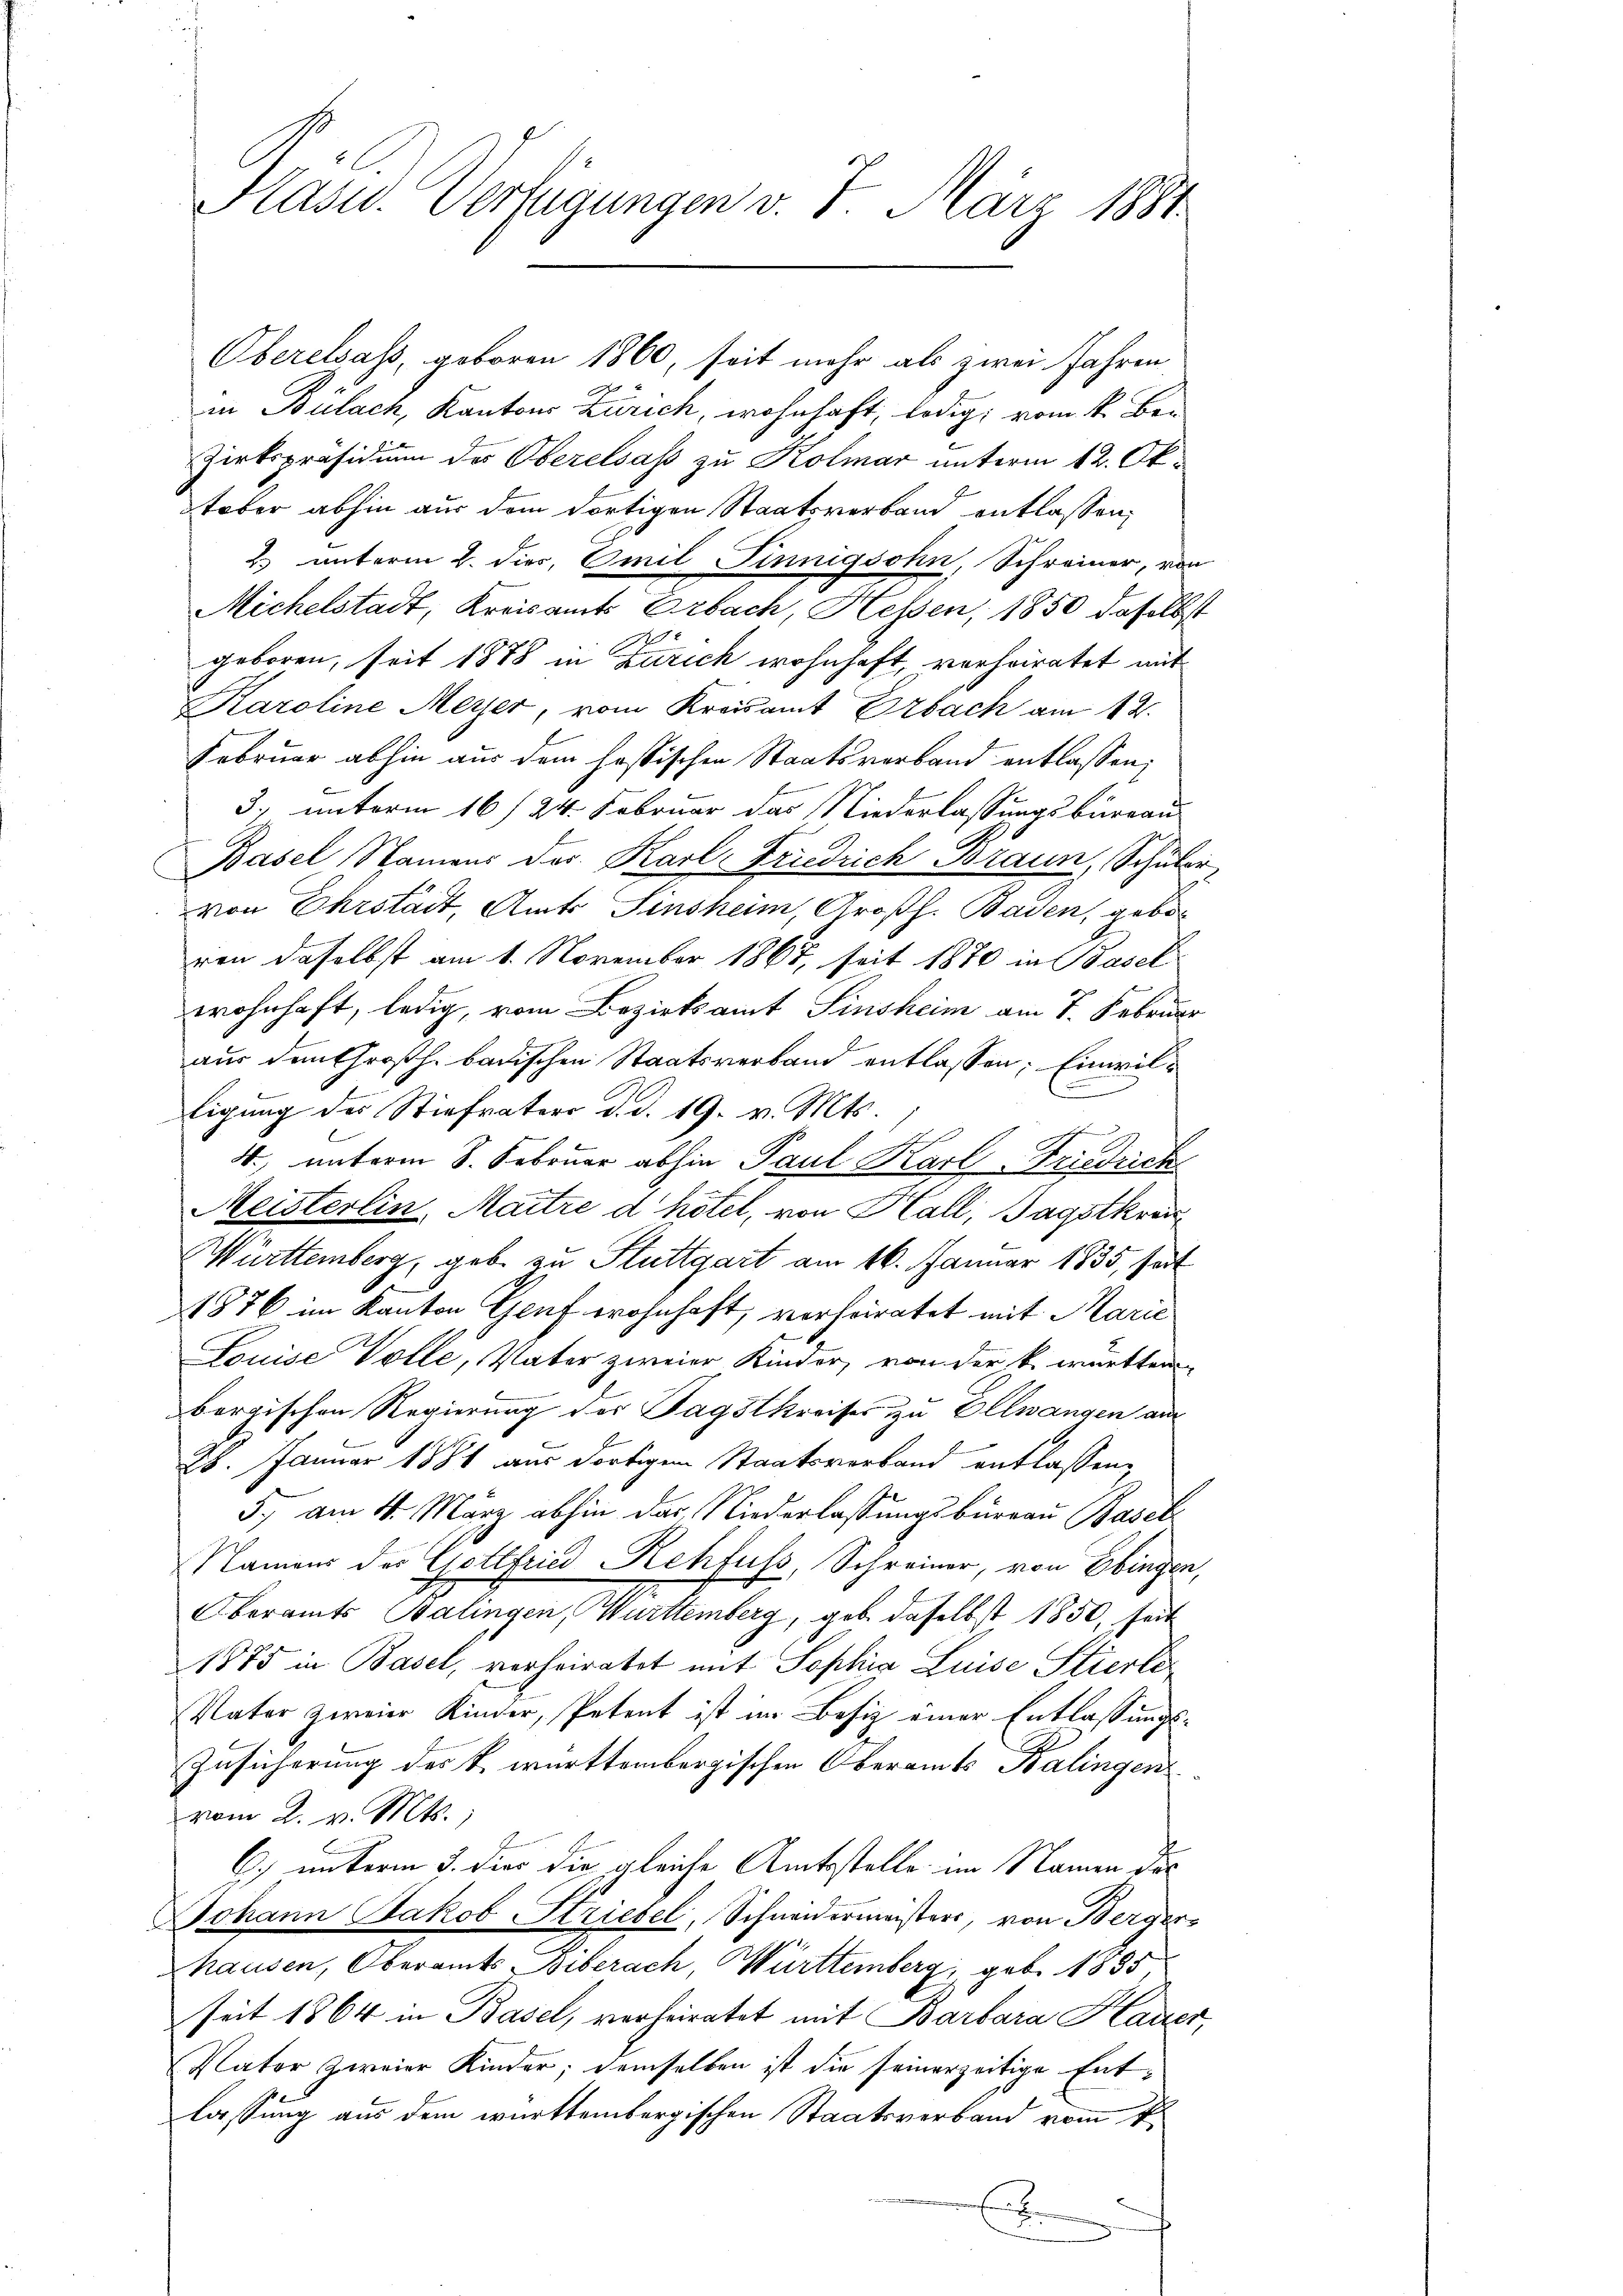
A.
Präsid. Verfügungen v. 7. März 1881

in Bülach, Kantons Zürich, wohnhaft, ledig, vom k. Be¬
Zirtspräsidium des Oberelsass zu Kolmar unterm 12. Oktaber abhin aus dem dortigen Staatsverband entlassen,
2. unterm 2. dies, Emil Finnigsohn, Schreiner, von
Michelstadt, Kreisamts Erbach, Hessen, 1850 daselbst
1
geboren, seit 1878 in Zürich wohnhaft, verheiratet mit
Karoline Meyer, vom Kreisamt Erbach am 12.
Februar abhin aus dem hostischen Staatsverband entlassen;
3. unterm 16/24. Februar das Niederlassungsbureau
Basel Namens der Karl Friedrich Braun, Schulor
von Ehrstadt, Amts Sinsheim, Großh. Baden, gebor
ven daselbst am 1. November 1867, seit 1870 in Basel
wohnhaft, ledig, vom Bezirksamt Finsheim am 7. Februar
aus den Großh. badischen Staatsverband entlassen; Einwile
tigung des Stiefvaters d. d. 19. v. Mts.
4. unterm 8. Februar abhin Paul Karl Friedrich
Meisterlin, Maitre d hotel, von Hall, Tagstkrei
Württemberg, geb. zu Stuttgart am 16. Januar 1835, set
1876 im Kanton Graf wohnhaft, verheiratet mit Marie
Louise Volle, Vater zweier Kinder, von der k. württem
bergischen Regierung des Tagstkreises zu Ollwangen au
28. Januar 1881 aus dortigen Staatsverband entlassen,
5, am 4. März abhin das Niederlassungsbureau Basel
Namens der Gottfried Rehfuls Schreiner, von Ebingen,
Oberamts Balingen, Württemberg, geb. daselbst 1850, seit
1875 in Basel, verheiratet mit Sophia Luise Stierte
Vater zweier Kinder, Petent ist im Besiz einer Entlassungs¬
Zusicherung des k. württembergischen Oberamts Balingen
vom 2. v. Mts.,
C.) unterm 3. dies die gleiche Amtsstelle im Namen das
Johann Jakob Striebel, Schneidermeisters, von Bergers
hausen, Oberamts Biberach, Württemberg, geb. 1855,
seit 1864 in Basel, verheiratet mit Barbara Hauer,
Vater zweier Kinder; demselben ist die seinerzeitige Entlassung aus dem württembergischen Staatsverband vom 8.
E

Oberelsass, geboren 1860, seit mehr als zwei Jahren